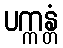
ပက္ကန္တံ